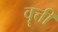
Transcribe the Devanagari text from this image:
वॄत्ती